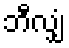
ဘီလျှံ